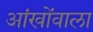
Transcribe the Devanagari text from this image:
आंखोंवाला